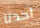
أحدنا